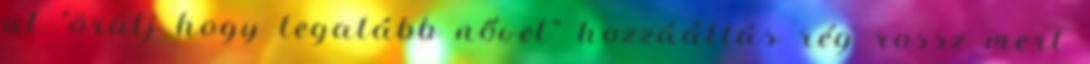
at "örülj hogy legalább nővel" hozzáállás rég rossz mert